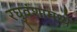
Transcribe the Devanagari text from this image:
रघुवंशामध्ये